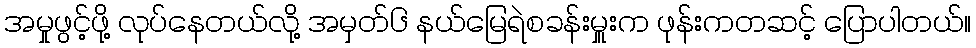
အမှုဖွင့်ဖို့ လုပ်နေတယ်လို့ အမှတ်၆ နယ်မြေရဲစခန်းမှူးက ဖုန်းကတဆင့် ပြောပါတယ်။